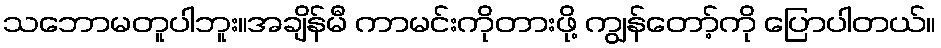
သဘောမတူပါဘူး။အချိန်မီ ကာမင်းကိုတားဖို့ ကျွန်တော့်ကို ပြောပါတယ်။